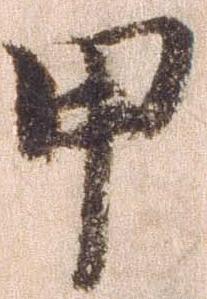
甲